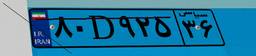
۷۸D۱۴۵۸۶